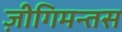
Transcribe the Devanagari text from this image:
ज़ीगिमन्तस